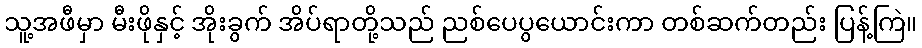
သူ့အဖီမှာ မီးဖိုနှင့် အိုးခွက် အိပ်ရာတို့သည် ညစ်ပေပွယောင်းကာ တစ်ဆက်တည်း ပြန့်ကြဲ။